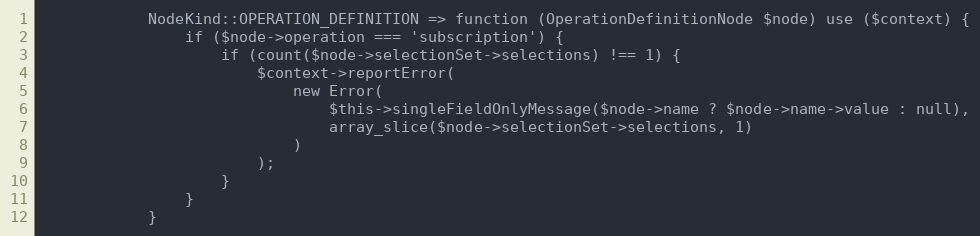
Language: PHP
            NodeKind::OPERATION_DEFINITION => function (OperationDefinitionNode $node) use ($context) {
                if ($node->operation === 'subscription') {
                    if (count($node->selectionSet->selections) !== 1) {
                        $context->reportError(
                            new Error(
                                $this->singleFieldOnlyMessage($node->name ? $node->name->value : null),
                                array_slice($node->selectionSet->selections, 1)
                            )
                        );
                    }
                }
            }